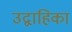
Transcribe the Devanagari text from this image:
उद्वाहिका